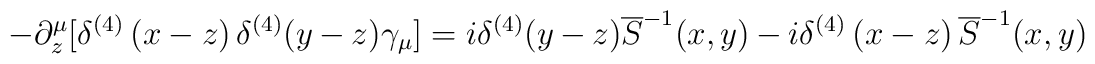
-\partial _{z}^{\mu }[\delta ^{(4)}\left( x-z\right) \delta^{(4)}(y-z)\gamma _{\mu }]=i\delta ^{(4)}(y-z)\overline{S}^{-1}(x,y)-i\delta^{(4)}\left( x-z\right) \overline{S}^{-1}(x,y)